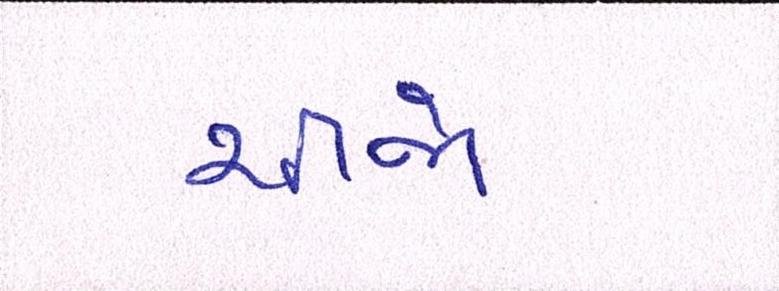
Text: ચીજો